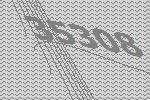
35308